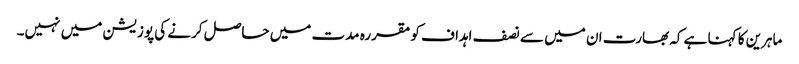
ماہرین کا کہنا ہے کہ بھارت ان میں سے نصف اہداف کو مقررہ مدت میں حاصل کرنے کی پوزیشن میں نہیں۔